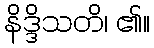
နိဒ္ဒိသတိ၊ ၏။